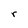
Character: r